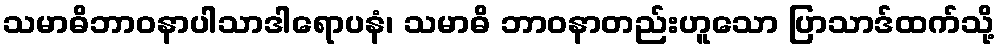
သမာဓိဘာဝနာပါသာဒါရောပနံ၊ သမာဓိ ဘာဝနာတည်းဟူသော ပြာသာဒ်ထက်သို့